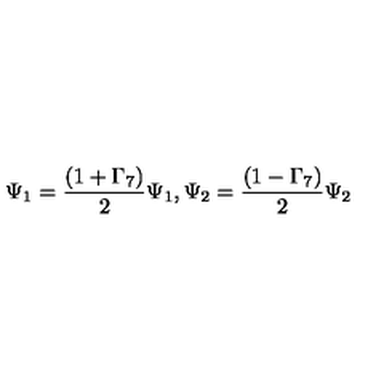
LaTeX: \Psi _ { 1 } = \frac { ( 1 + \Gamma _ { 7 } ) } { 2 } \Psi _ { 1 } , \Psi _ { 2 } = \frac { ( 1 - \Gamma _ { 7 } ) } { 2 } \Psi _ { 2 }